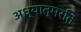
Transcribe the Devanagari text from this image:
अध्यात्मरति